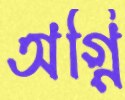
অগ্নি